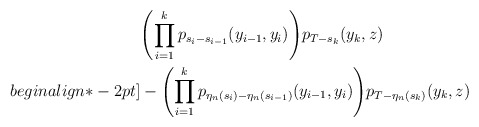
\begin{align*}&\Biggl(\prod_{i=1}^k p_{s_i-s_{i-1}}(y_{i-1},y_i)\Biggr) p_{T-s_k}(y_k,z)\\begin{align*}-2pt]&- \Biggl( \prod_{i=1}^kp_{\eta_n(s_i)-\eta_n(s_{i-1})}(y_{i-1},y_i) \Biggr) p_{T-\eta_n(s_k)}(y_k,z)\end{align*}